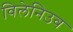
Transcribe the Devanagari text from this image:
विलेनिउव